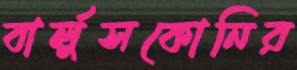
বার্লুসকোনির